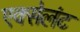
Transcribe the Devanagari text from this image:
एक्सेलंट